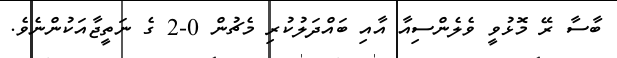
ބާސާ ރޭ މޮޅުވީ ވެލެންސިއާ އާއި ބައްދަލުކުރި މެޗުން 0-2 ގެ ނަތީޖާއަކުންނެވެ.